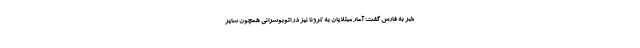
خبر به فارس گفت: آمار مبتلایان به کرونا نیز در اتوبوسرانی همچون سایر